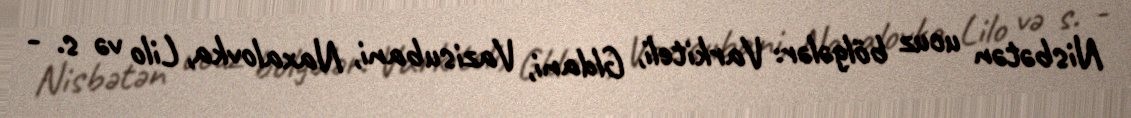
Nisbətən ucuz bölgələr: Varkiteli, Gldani, Vazisubani, Naxalovka, Lilo və s. -